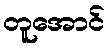
တူအောင်